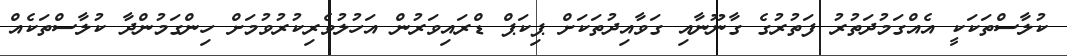
ކުލާސްތަކަކީ އެއްގަމުދަތުރު ފަތުރުގެ ގާނޫނާއި ގަވާއިދުތަކަށް ޕިކަޕް ޑްރައިވަރުން އަހުލުވެރިކުރުވުމަށް ހިންގަމުންދާ ކުލާސްތަކެއް